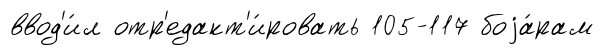
ввод'и́л отр'едакт'и́ровать 105-117 боjа́рам